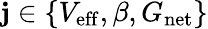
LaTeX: \mathbf{j}\in\{ V_{\mathrm{{eff}}},\beta,G_{\mathrm{{net}}}\}